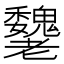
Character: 𦓌